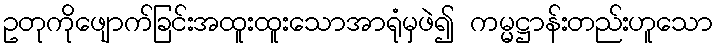
ဥတုကိုဖျောက်ခြင်းအထူးထူးသောအာရုံမှဖဲ၍ ကမ္မဋ္ဌာန်းတည်းဟူသော